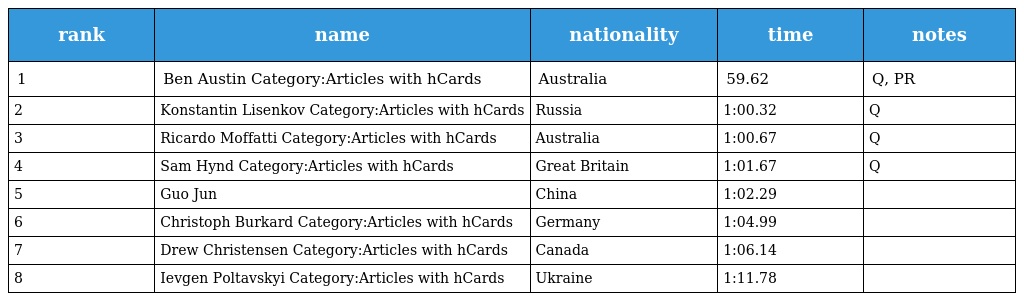
| rank | name | nationality | time | notes |
 | --- | --- | --- | --- | --- |
 | 1 | Ben Austin Category:Articles with hCards | Australia | 59.62 | Q, PR |
 | 2 | Konstantin Lisenkov Category:Articles with hCards | Russia | 1:00.32 | Q |
 | 3 | Ricardo Moffatti Category:Articles with hCards | Australia | 1:00.67 | Q |
 | 4 | Sam Hynd Category:Articles with hCards | Great Britain | 1:01.67 | Q |
 | 5 | Guo Jun | China | 1:02.29 |  |
 | 6 | Christoph Burkard Category:Articles with hCards | Germany | 1:04.99 |  |
 | 7 | Drew Christensen Category:Articles with hCards | Canada | 1:06.14 |  |
 | 8 | Ievgen Poltavskyi Category:Articles with hCards | Ukraine | 1:11.78 |  |